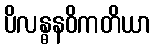
ပိလန္ဓနဝိကတိယာ